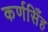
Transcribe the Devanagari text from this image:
कर्णसिँह